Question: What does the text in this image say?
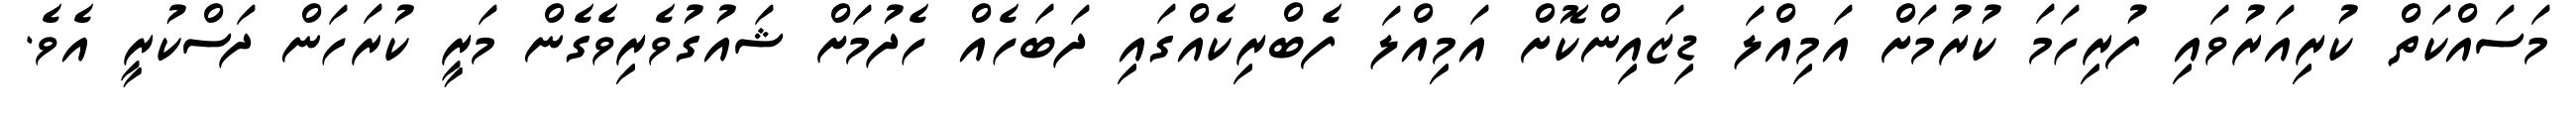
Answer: މަސައްކަތް ކުރިއަރުވައި ފުރިހަމަ ކުރުމަށް އަމިއްލަ ޑިޒައިންކޮށް އަމިއްލަ ފެބްރިކެއްގައި ދަބަހެއް ހެދުމަށް ޝައުގުވެރިވެގެން މަރީ ކުރަހަން ދަސްކުރީ އެވެ.